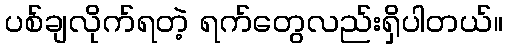
ပစ်ချလိုက်ရတဲ့ ရက်တွေလည်းရှိပါတယ်။